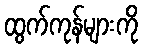
ထွက်ကုန်များကို